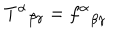
{ T ^ { \alpha } } _ { \beta \gamma } = { f ^ { \alpha } } _ { \beta \gamma }